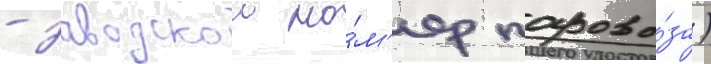
- заводскои но́м'ер парово́за)